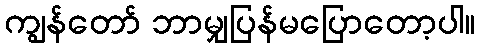
ကျွန်တော် ဘာမျှပြန်မပြောတော့ပါ။